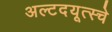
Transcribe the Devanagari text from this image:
अल्टदयूत्स्चे